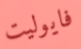
فايوليت